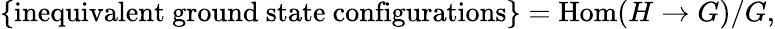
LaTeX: \{ \mathrm{inequivalent~ground~state~configurations}\} =\textrm{Hom}(H\rightarrow G)/G,